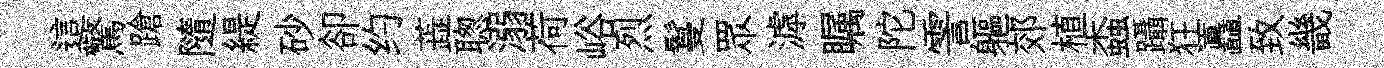
這驚蹌隨緹砂卻约蕋聦溺荷峪烈鬘眾滹瞩陀霅軀郊植螙躡狂矗致畿